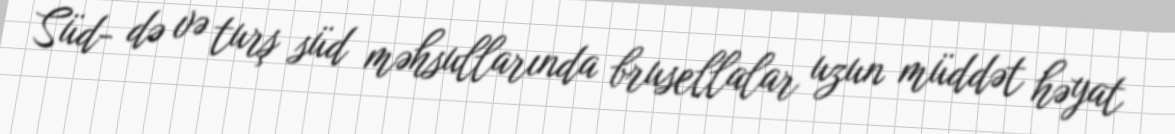
Süd- də və turş süd məhsullarında brusellalar uzun müddət həyat